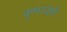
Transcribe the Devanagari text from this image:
कृष्णद्वेषी